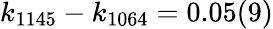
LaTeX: k_{1145}-k_{1064}=0.05(9)